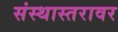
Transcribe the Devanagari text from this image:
संस्थास्तरावर